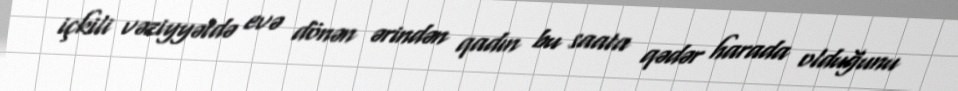
içkili vəziyyətdə evə dönən ərindən qadın bu saata qədər harada olduğunu